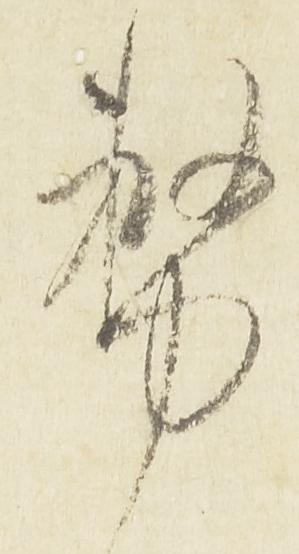
務